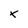
Character: x